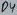
Text: D4